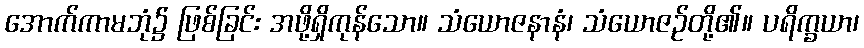
အောက်ကာမဘုံ၌ ဖြစ်ခြင်း အဖို့ရှိကုန်သော။ သံယောဇနာနံ၊ သံယောဇဉ်တို့၏။ ပရိက္ခယာ၊